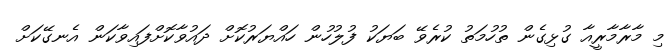
މި މާރާމާރީއާ ގުޅިގެން ތުހުމަތު ކުރެވޭ ބަޔަކު ފުލުހުން ހައްޔަރުކޮށް ދައުވާކޮށްފައިވާކަން އެނގޭކަށް